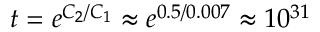
t = e ^ { C _ { 2 } / C _ { 1 } } \approx e ^ { 0 . 5 / 0 . 0 0 7 } \approx 1 0 ^ { 3 1 }